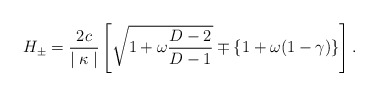
\begin{align*}H_{\pm} = \frac{2c}{\mid \kappa \mid} \left[ \sqrt{1 + \omega \frac{D-2}{D-1}} \mp \{ 1 + \omega (1-\gamma) \} \right] .\end{align*}